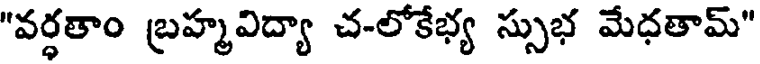
"వర్ధతాం బ్రహ్మవిద్యా చ-లోకేభ్య స్సుభ మేధతామ్"